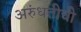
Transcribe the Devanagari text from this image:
अरुंधतीची